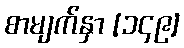
စာမျက်နှာ [၁၄၉]